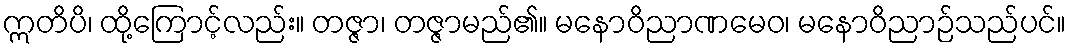
ဣတိပိ၊ ထို့ကြောင့်လည်း။ တဇ္ဇာ၊ တဇ္ဇာမည်၏။ မနောဝိညာဏမေဝ၊ မနောဝိညာဉ်သည်ပင်။